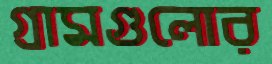
গ্রামগুলোর